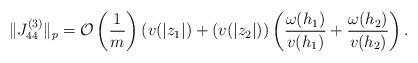
LaTeX: \begin{align*}\Vert J_{44}^{\left( 3\right) }\Vert _{p}=\mathcal{O}\left( \frac{1}{m}\right) (v(|z_{1}|)+(v(|z_{2}|))\left( \frac{\omega (h_{1})}{v(h_{1})}+\frac{\omega (h_{2})}{v(h_{2})}\right) . \end{align*}